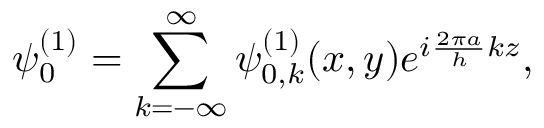
\psi _ { 0 } ^ { ( 1 ) } = \displaystyle \sum _ { k = - \infty } ^ { \infty } \psi _ { 0 , k } ^ { ( 1 ) } ( x , y ) e ^ { i \frac { 2 \pi a } { h } k z } ,